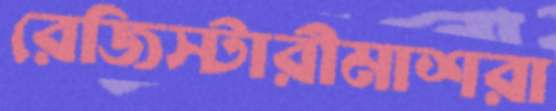
রেজিস্টারীমাশরা